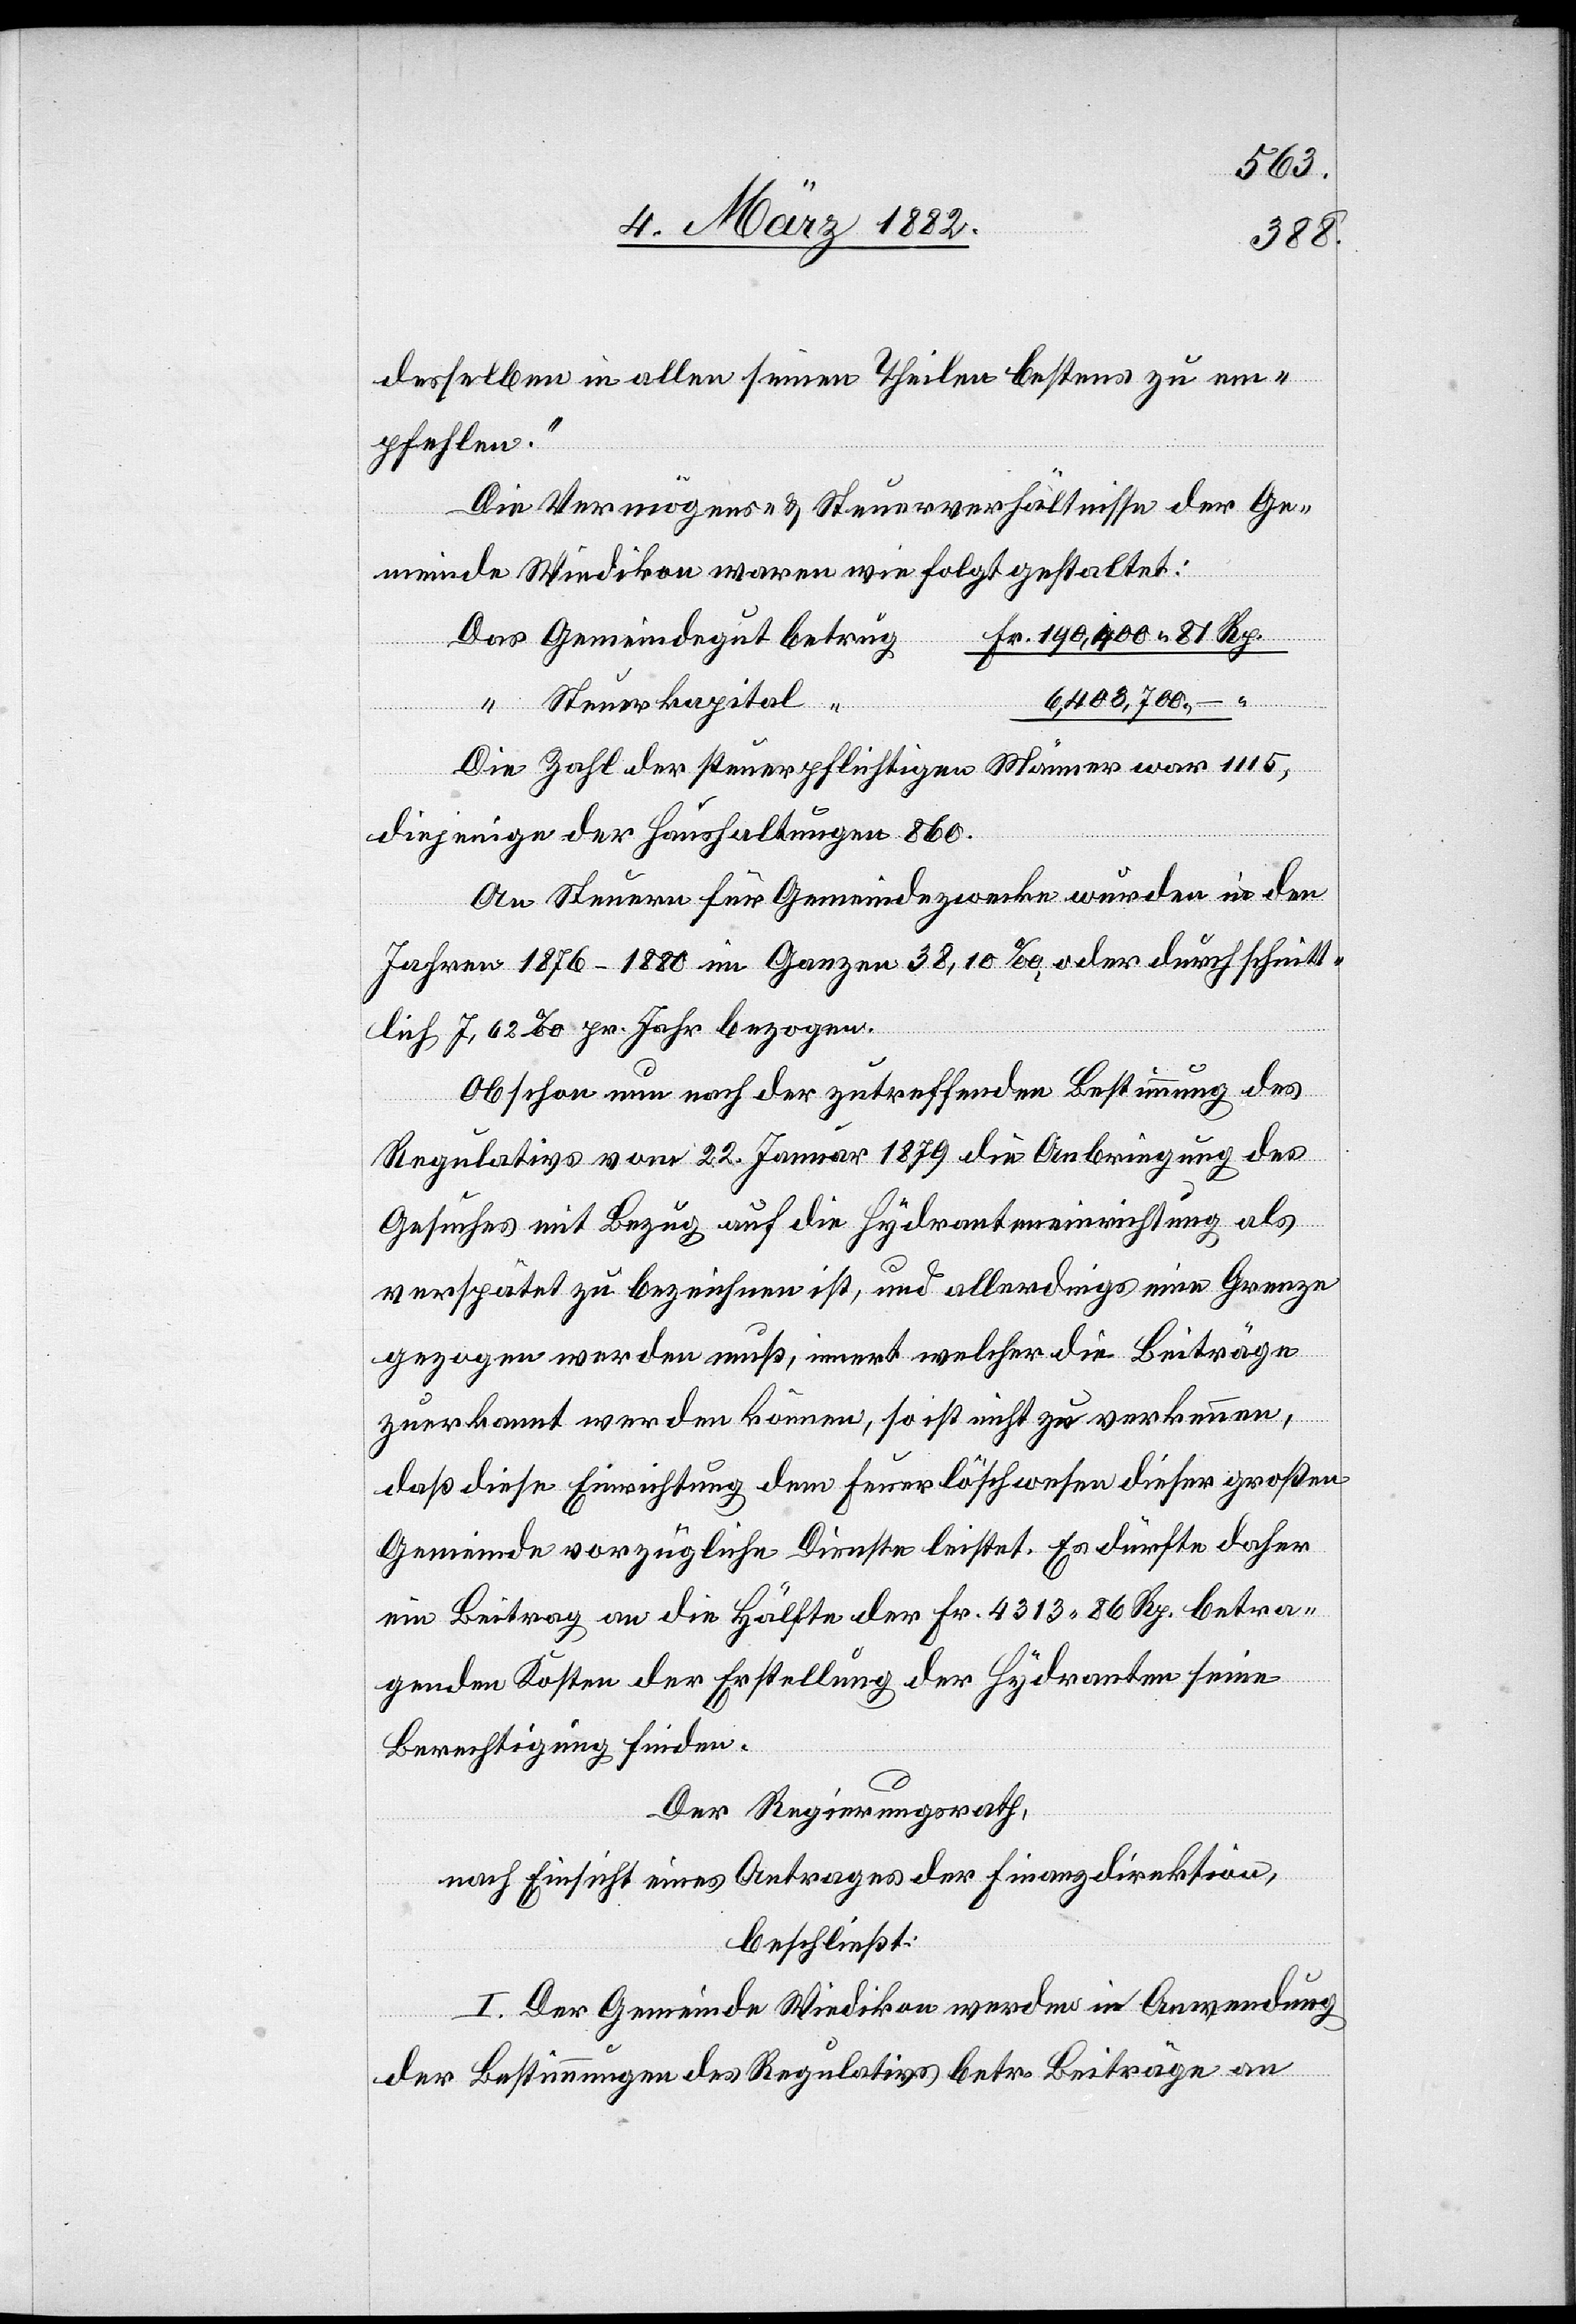
desselben in allen seinen Theilen bestens zu em¬
pfehlen.“
Die Vermögens- & Steuerverhältnisse der Ge¬
meinde Wiedikon waren wie folgt gestaltet:
Das Gemeindegut betrug
Fr. 190,400 81 Rp.
6,408,700.–
“ Steuerkapitel “
Die Zahl der steuerpflichtigen Männer war 1115,
diejenige der Haushaltungen 860.
An Steuern für Gemeindezwecke wurden in den
Jahren 1876–1889 im Ganzen 38,10‰, oder durchschnitt¬
lich 7,62‰ pr. Jahr bezogen.
Obschon nun nach der zutreffenden Bestimmung des
Regulativs vom 22. Januar 1879 die Anbringung des
Gesuchs mit Bezug auf die Hydranteneinrichtung als
verspätet zu bezeichnen ist, und allerdings eine Grenze
gezogen werden muß, innert welcher die Beiträge
zuerkannt werden können, so ist nicht zu verkennen,
daß diese Einrichtung dem Feuerlöschwesen dieser großen
Gemeinde vorzügliche Dienste leistet. Es dürfte daher
ein Beitrag an die Hälfte der Fr. 4313 86 Rp. betra¬
genden Kosten der Erstellung der Hydranten seine
Berechtigung finden.
Der Regierungsrath,
nach Einsicht eines Antrages der Finanzdirektion,
beschließt:
I. Der Gemeinde Wiedikon werden in Anwendung
der Bestimmungen des Regulativs betr. Beiträge an